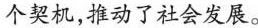
个契机，推动了社会发展。